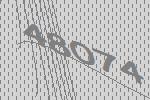
48074